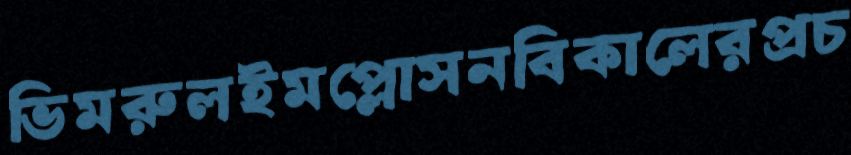
ভিমরুলইমপ্লোসনবিকালেরপ্রচ